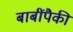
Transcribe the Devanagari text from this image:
बाबींपैकी